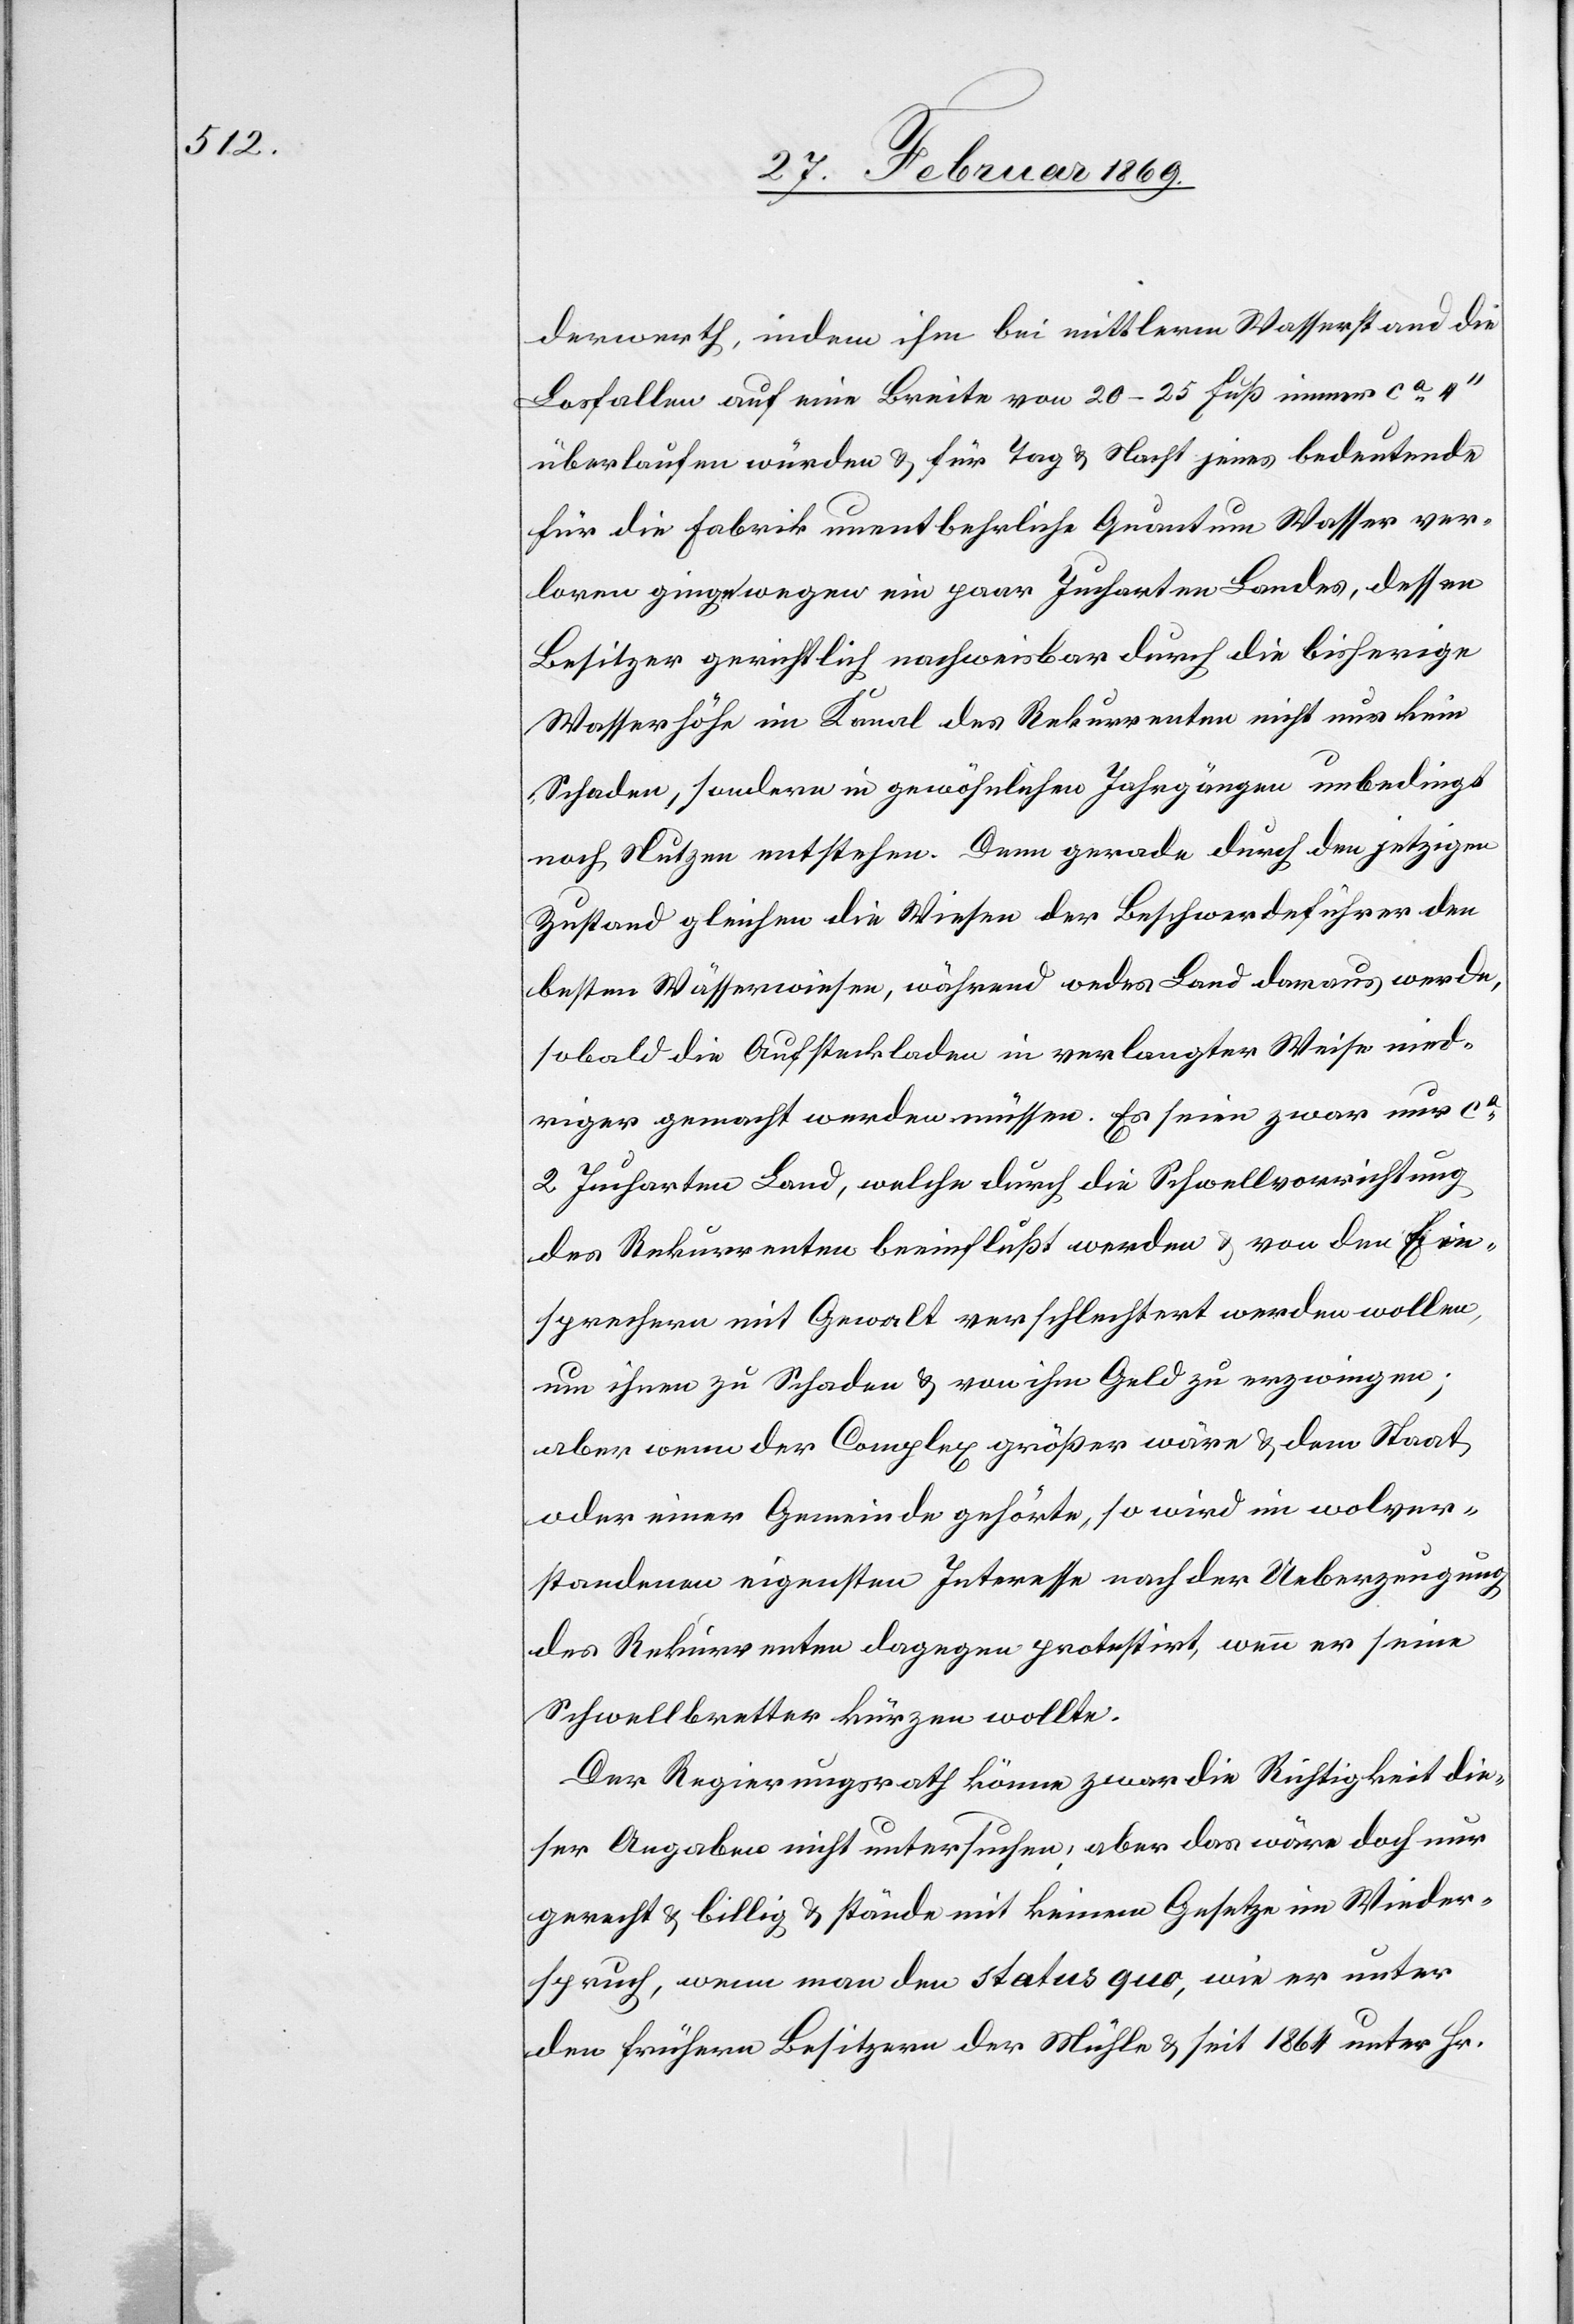
derwerth, indem ihm bei mittlerem Wasserstand die
Losfallen auf eine Breite von 20–25 Fuß immer ca
überlaufen würden & für Tag & Nacht jenes bedeutende
für die Fabrik unentbehrliche Quantum Wasser ver¬
loren ginge wegen ein paar Jucharten Landes, dessen
Besitzer gerichtlich nachweisbar durch die bisherige
Wasserhöhe im Kanal des Rekurrenten nicht nur kein
Schaden, sondern in gewöhnlichen Jahrgängen unbedingt
noch Nutzen entstehen. Denn gerade durch den jetzigen
Zustand gleichen die Wiesen der Beschwerdeführer den
besten Wässerwiesen, während oedes Land daraus werde,
sobald die Aufsteckladen in verlangter Weise nied¬
riger gemacht werden müssen. Es seien zwar nur ca
2 Jucharten Land, welche durch die Schwellvorrichtung
des Rekurrenten beeinflußt werden & von den Ein¬
sprechern mit Gewalt verschlechtert werden wollen,
um ihnen zu Schaden & von ihm Geld zu erzwingen;
aber wenn der Complex größer wäre, & dem Staat
oder einer Gemeinde gehörte, so wird im wolver¬
standenen eigensten Interesse nach der Ueberzeugung
des Rekurrenten dagegen protestirt, wenn er seine
Schwellbretter kürzen wollte.
Der Regierungsrath könne zwar die Richtigkeit die¬
ser Angaben nicht untersuchen, aber das wäre doch nur
gerecht & billig & stände mit keinem Gesetze im Wider¬
spruch, wenn man den status quo, wie er unter
den frühern Besitzern der Mühle & seit 1864 unter Hr.